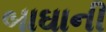
બાઘાની